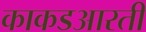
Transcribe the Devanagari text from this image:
काकडआरती